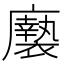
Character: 𢌀